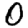
Digit: 0